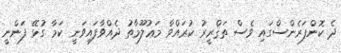
ދެ ކޮންފަރެންސްގައި ވެސް ތަޤްރީރު ކުރައްވާ މަޢުލޫމާތު ދެއްވާފައިވަނީ ކަމާ ގުޅޭ ފަންނީ